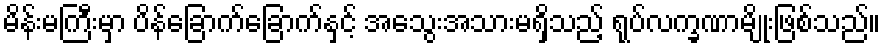
မိန်းမကြီးမှာ ပိန်ခြောက်ခြောက်နှင့် အသွေးအသားမရှိသည့် ရုပ်လက္ခဏာမျိုးဖြစ်သည်။